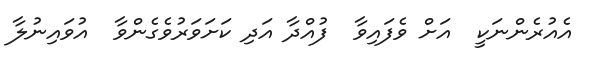
އެއުރެންނަކީ  އަށް ވެފައިވާ  ފުއްދާ އަދި ކަށަވަރުވެގެންވާ  އުވައިނުލާ